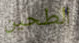
الطحين